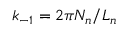
k _ { - 1 } = 2 \pi N _ { n } / L _ { n }